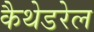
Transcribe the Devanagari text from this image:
कैथेडरेल